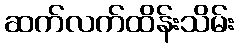
ဆက်လက်ထိန်းသိမ်း